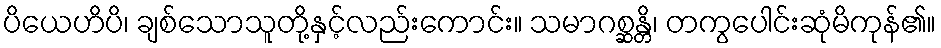
ပိယေဟိပိ၊ ချစ်သောသူတို့နှင့်လည်းကောင်း။ သမာဂစ္ဆန္တိ၊ တကွပေါင်းဆုံမိကုန်၏။